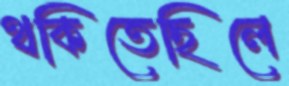
থকিতেছিলে